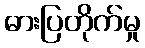
ဓားပြတိုက်မှု